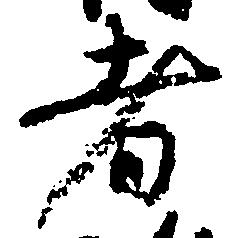
者